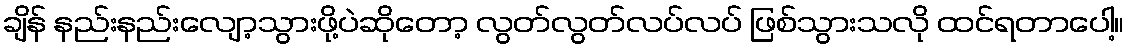
ချိန် နည်းနည်းလျော့သွားဖို့ပဲဆိုတော့ လွတ်လွတ်လပ်လပ် ဖြစ်သွားသလို ထင်ရတာပေါ့။